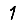
Digit: 1